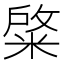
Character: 𮵺